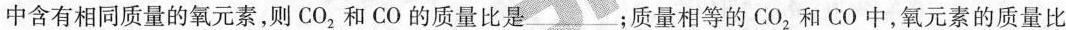
中含有相同质量的氧元素，则CO_{2}和CO的质量比是___；质量相等的CO_{2}和CO中，氧元素的质量比